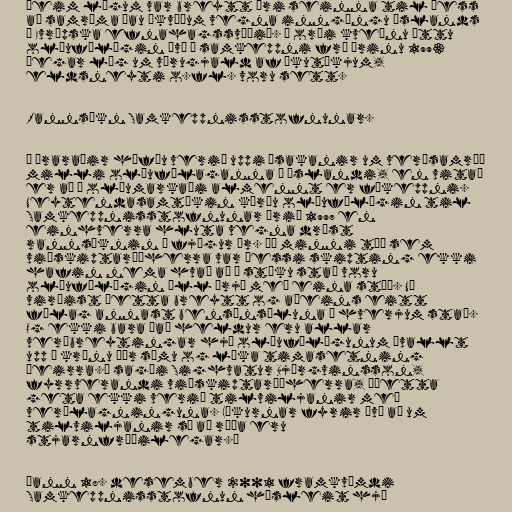
Þeim lögum var breytt ári seinna til þess
að samræma þau ákvæðum vegna inngöngu Íslands
í Evrópska efnahagssvæðið. Í orði kveðnu áttu
olíufélögin því í samkeppni frá árinu 1993
þegar lög um vörugjald af ökutækjum,
eldsneyti o.fl. voru sett.

Rannsókn Samkeppnisstofnunar.

Í áraraðir höfðu verið uppi ásakanir um verðsamráð
milli olíufélaganna á Íslandi, en vitað
er að á olíumarkaði almennt er fákeppni.
Neytendasamtökin kærðu olíufélögin til
Samkeppnisstofnunar árið 1997 en
einhverra hluta vegna dróst
rannsóknin í fjögur ár. „Í minni tíð sem
viðskiptaráðherra var þessi skipting ekki
hafin nema hvað að á stöku stað voru
olíufélögin öll þrjú með eina stöð. Nú
virðist þetta breytt og aðeins eitt
félag annast bensínsöluna á hverjum stað.
Og ekki bara það heldur eru allar
verðbreytingar hjá olíufélögunum ávallt
upp á krónu þær sömu og líka timasetning
þeirra.“ sagði Sighvatur Björgvinsson,
fyrrverandi viðskiptaráðherra, „Þetta
geta ekki verið tilviljanir með
verðlagninguna. Líkurnar fyrir því að um
tilviljanir sé að ræða eru
stjarnfræðilegar.“

Þann 18. desember 2001 framkvæmdi
Samkeppnisstofnun húsleit hjá